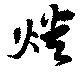
燔